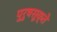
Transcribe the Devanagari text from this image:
पुरुषसूक्ते